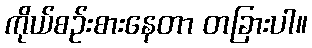
ကိုယ်စဉ်းစားနေတာ တခြားပါ။